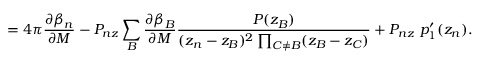
= 4 \pi \frac { \partial \beta _ { n } } { \partial M } - P _ { n z } \sum _ { B } \frac { \partial \beta _ { B } } { \partial M } \frac { { \cal P } ( z _ { B } ) } { ( z _ { n } - z _ { B } ) ^ { 2 } \prod _ { C \neq B } ( z _ { B } - z _ { C } ) } + P _ { n z } ~ p _ { 1 } ^ { \prime } ( z _ { n } ) .